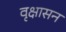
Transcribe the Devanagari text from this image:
वृक्षासन